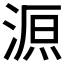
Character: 𣸼